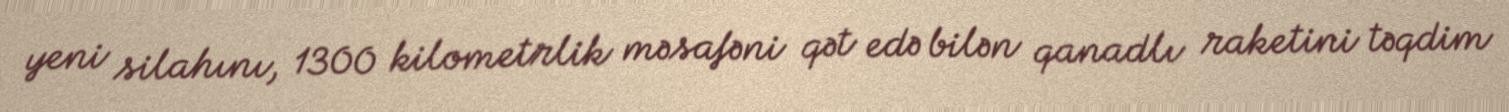
yeni silahını, 1300 kilometrlik məsafəni qət edə bilən qanadlı raketini təqdim